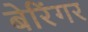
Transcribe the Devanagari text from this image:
बेरिंगर